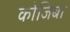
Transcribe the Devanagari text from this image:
कोजिबा